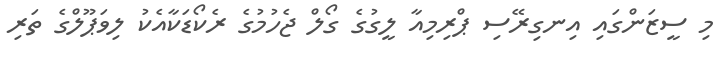
މި ސީޒަންގައި އިނގިރޭސި ޕްރިމިއާ ލީގުގެ ގޯލް ޖެހުމުގެ ރެކޯޑަކާއެކު ލިވަޕޫލްގެ ތަރި